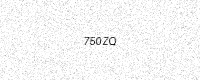
Text: 750ZQ